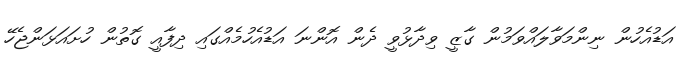
އަޑުއެހުން ނިންމަވާލައްވަމުން ގާޒީ ވިދާޅުވީ ދެން އޮންނަ އަޑުއެހުމެއްގައި ދިފާއީ ގޮތުން ހުށައަޅަންޖެހޭ